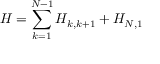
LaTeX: H = \sum _ { k = 1 } ^ { N - 1 } H _ { k , k + 1 } + H _ { N , 1 }